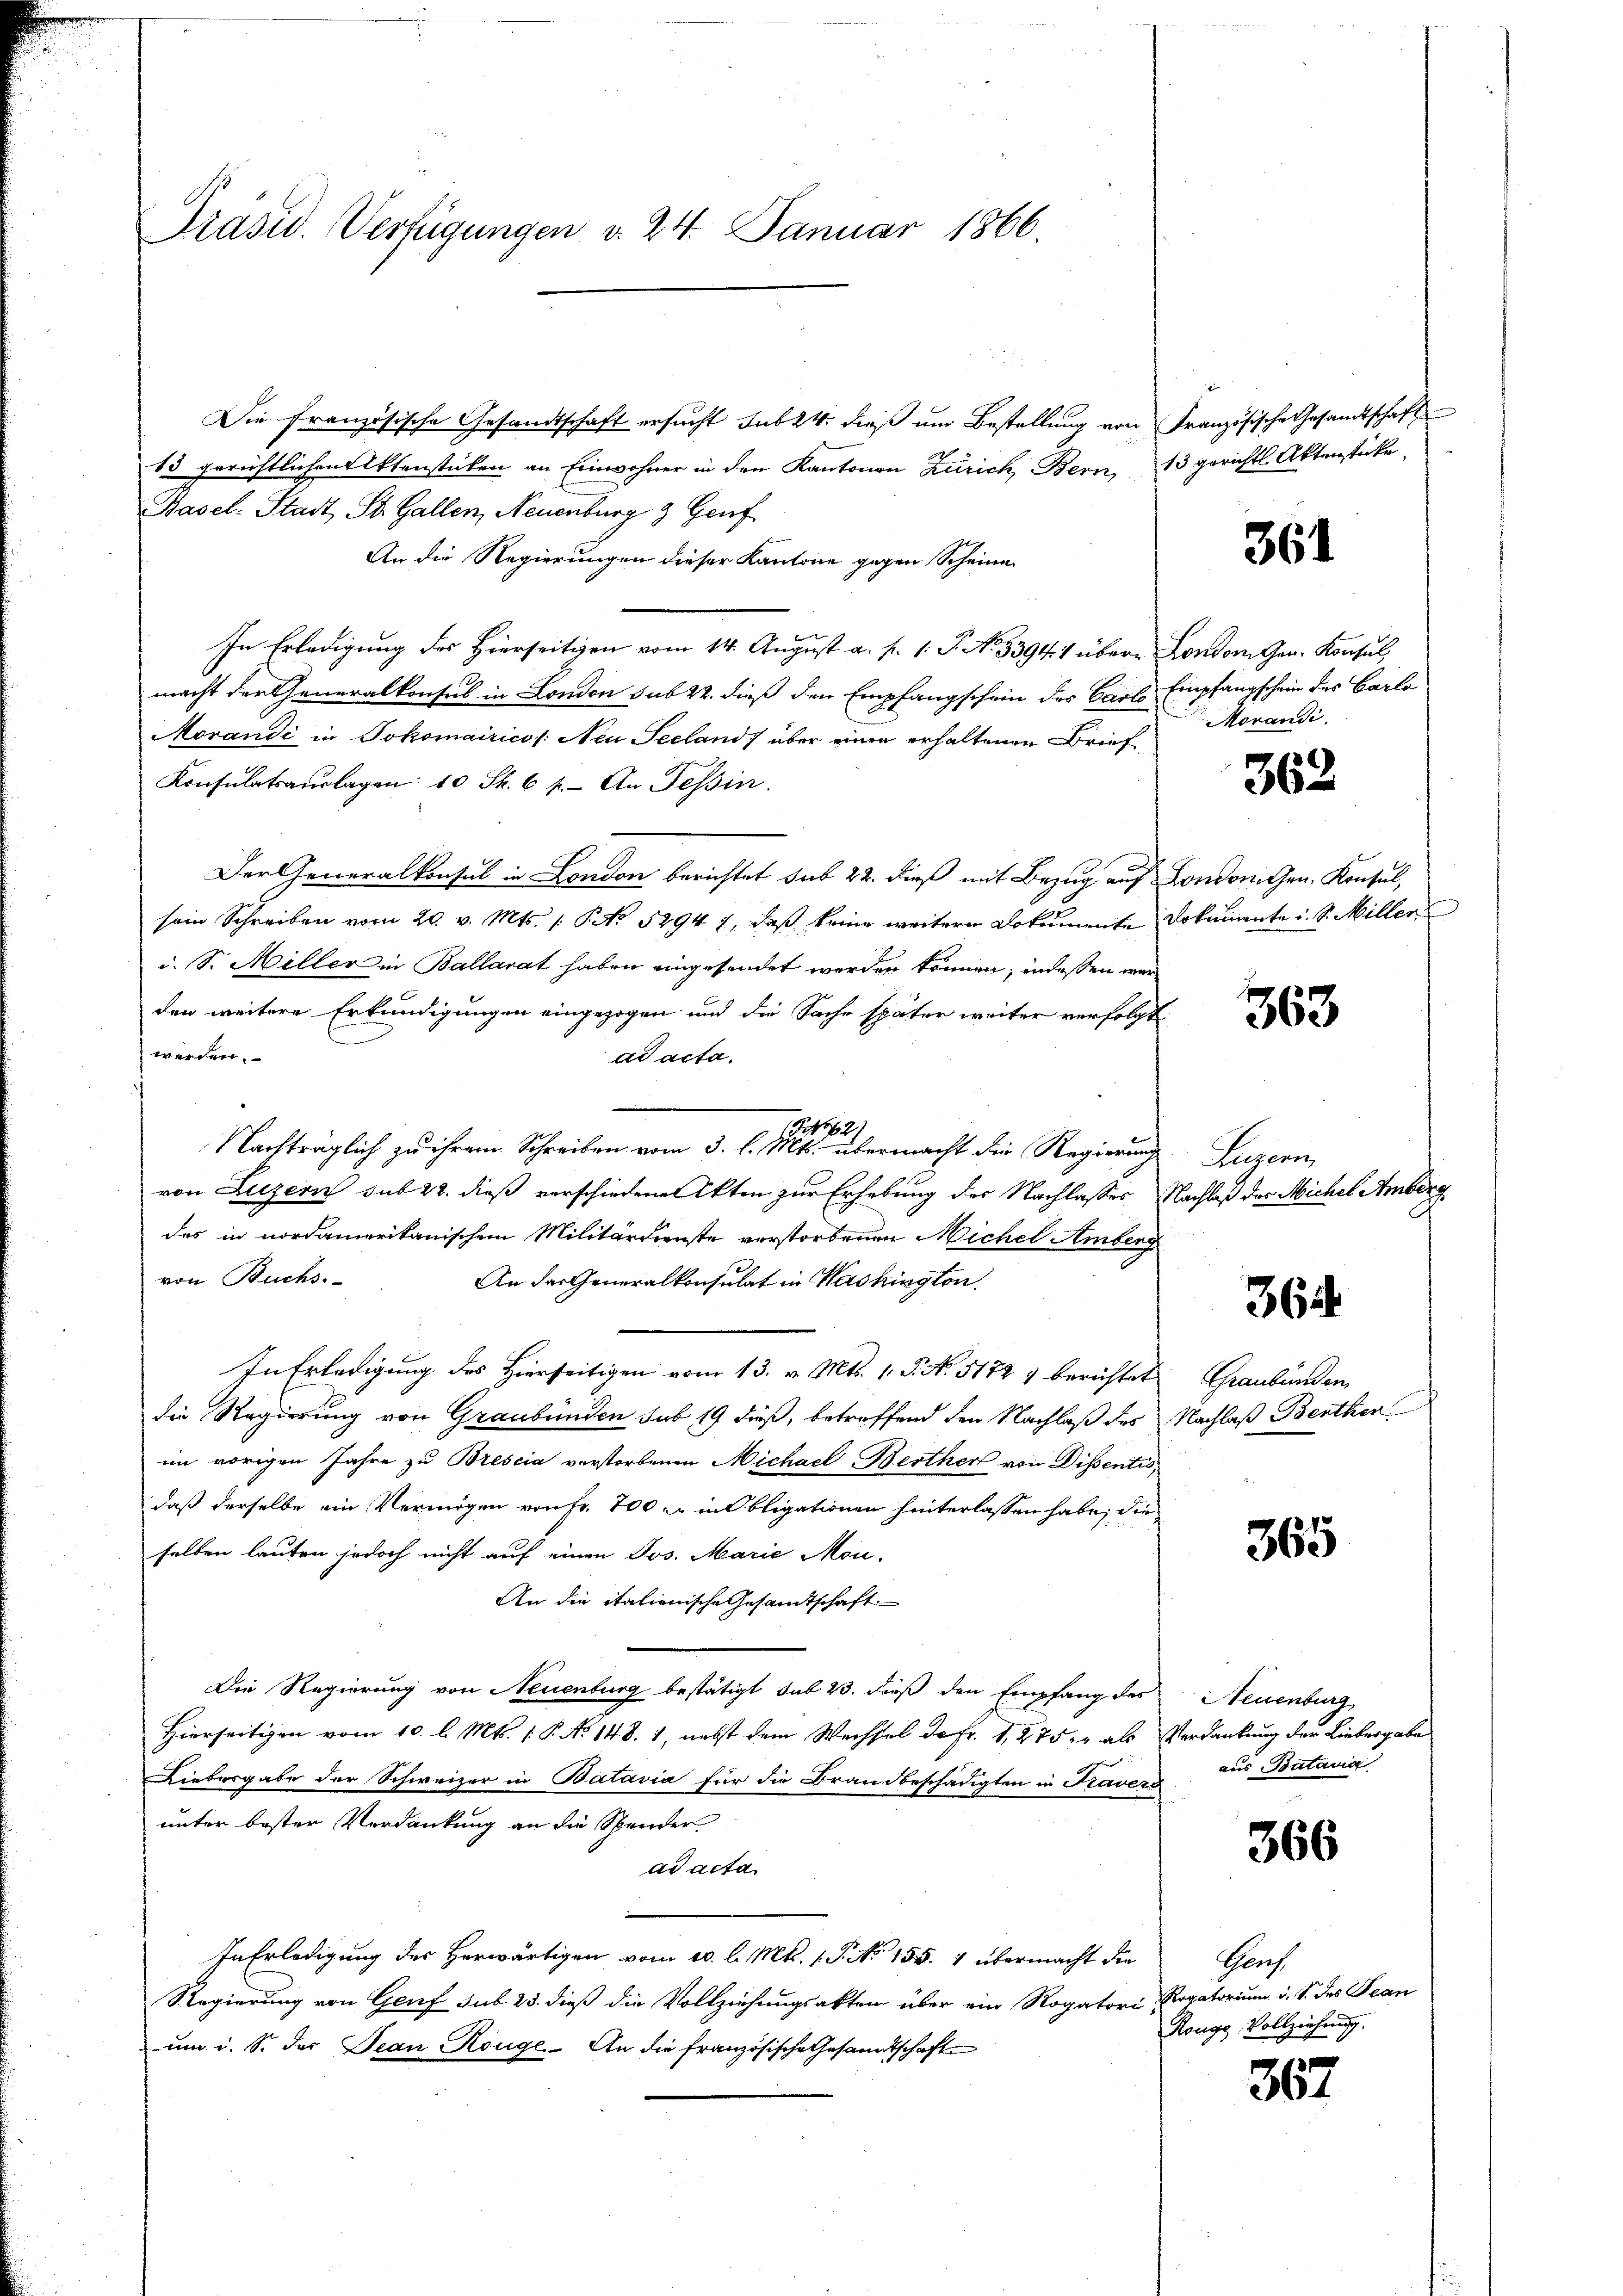
Präsid. Verfügungen d. 24. Januar 1866.

Die Französische Gesandtschaft ersucht sub 24. dies um Bestellung von Französische Gesandtschaft
13 gerichtlichen Aktenstücken an Einwohner in den Kantonen Zürich, Bern, 13 gerichtl. Aktenstücke
Basel-Stadt St. Gallen, Neuenburg 3 Genf
An die Regierungen dieser Kantone gegen Scheinen
In Erledigung des Hierseitigen vom 14. August a. f. 1 S. No. 33944 übere London Gen. Konsul,
macht der Generalkonsul in London sub 22. dieß den Empfangschein des Carl Empfangschein des Carlo
Morandi in Jokomairico /: Neu Seeland über einen erhaltenen Brief
Konsulatsaŭslagen: 10 S. 6 p. An Tessin.
Der Generalkonsul in London berichtet sub 22. dieß mit Bezug auf Londonnen. Konsul,
sein Schreiben vom 20. v. Mts. 1. No. 52947, daß keine weitere Dokumente Dokumente i. S. Miller
i. S. Miller in Ballarat haben eingesendet werden können, indessen werden weitere Erkundigungen eingezogen und die Sache später weiter verfolgt
werden.
ad acta.
195621
Nachträglich zu ihrem Schreiben vom 3. l. Mts. übermacht die Regierung Luzern
von Luzern sub 22. dieß verschiedenen Akten zur Erhebung des Nachlasses Nachlaß des Michel Amberg
des in nordamerikanischem Militärdienste verstorbenen Michel Amberg
von Buchs.
An der Generalkonsulat in Washington
In Erledigung des Hierseitigen vom 13. v. Mts. 1. P. No. 51727 berichtet Graubünden
die Regierung von Graubünden sub 19 dieß, betreffend den Nachlaß des Nachlaß Benther
im vorigen Jahre zu Brescia verstorbenen Michael Berther von Dissentis
daß derselbe ein Vermögen von Fr. 700 xr in Obligationen hinterlassen habe, die
selben lauten jedoch nicht auf einen Jos. Marie Mon-
An die italienische Gesandtschaft
Die Regierung von Neuenburg bestätigt sub 23. dieß den Empfang des Neuenburg
Hierseitigen vom 10. l. Mts. 1 P. No 148. 1, nebst dem Wechsel da Fr. 1, 275, als Verdankung der Liebergabe
Liebergabe der Schweizer in Batavia für die Brandbeschädigten in Kravers
unter bester Verdankung an die Spender
ad acta
In Erledigung des Herwärtigen vom 20. l. Mts. 1. P. No 155. 4 übermacht die
Regierung von Genf sub 25. dieß die Vollziehungsakten über ein Rogatori Rogatorium d. S. des Jean
um i. S. das Jean Rouge. An die französische Gesandtschafte

361

Morandi

362.

363

364.

365

aus Batavia

366

Graf
Ronge, Vollziehung.

367